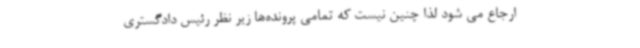
ارجاع می شود لذا چنین نیست که تمامی پرونده‌ها زیر نظر رئیس دادگستری